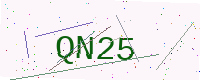
Text: QN25